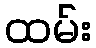
ထမ်း